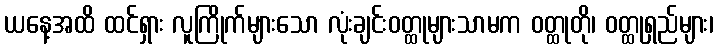
ယနေ့အထိ ထင်ရှား လူကြိုက်များသော လုံးချင်းဝတ္ထုများသာမက ဝတ္ထုတို၊ ဝတ္ထုရှည်များ၊